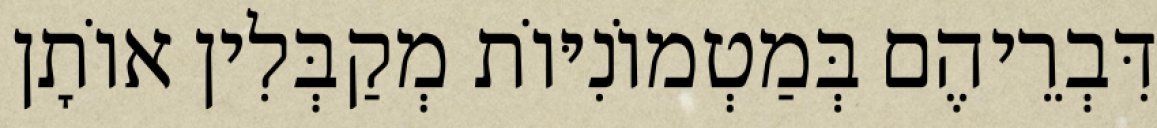
דִּבְרֵיהֶם בְּמַטְמוֹנִיּוֹת מְקַבְּלִין אוֹתָן